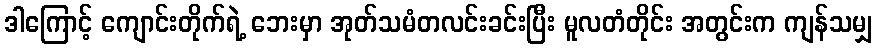
ဒါကြောင့် ကျောင်းတိုက်ရဲ့ ဘေးမှာ အုတ်သမံတလင်းခင်းပြီး မူလတံတိုင်း အတွင်းက ကျန်သမျှ